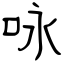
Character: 咏